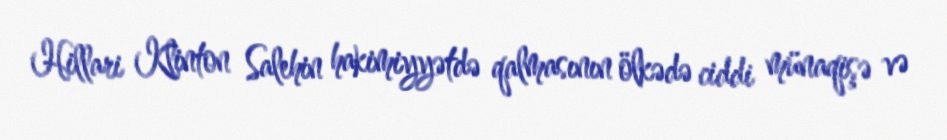
Hillari Klinton Salehin hakimiyyətdə qalmasının ölkədə ciddi münaqişə və